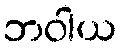
ဘဝါယ